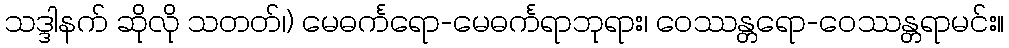
သဒ္ဒါနက် ဆိုလို သတတ်၊) မေဓင်္ကရော-မေဓင်္ကရာဘုရား၊ ဝေဿန္တရော-ဝေဿန္တရာမင်း။